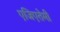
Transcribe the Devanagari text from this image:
एजिएतेमी